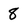
Character: 8